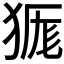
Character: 𭸔